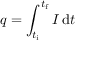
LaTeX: q = \int _ { t _ { \mathrm { i } } } ^ { t _ { \mathrm { f } } } I \, \mathrm { d } t